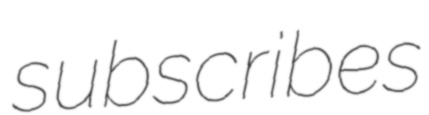
subscribes